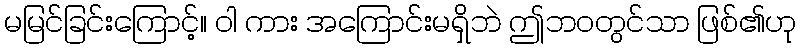
မမြင်ခြင်းကြောင့်။ ဝါ ကား အကြောင်းမရှိဘဲ ဤဘဝတွင်သာ ဖြစ်၏ဟု